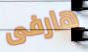
هارفى